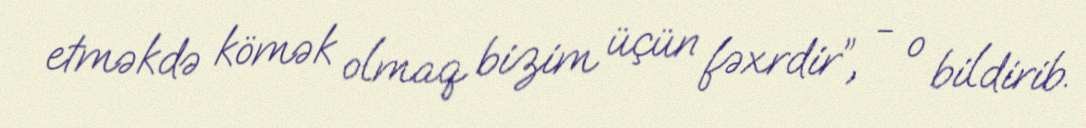
etməkdə kömək olmaq bizim üçün fəxrdir”, - o bildirib.